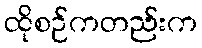
ထိုစဉ်ကတည်းက